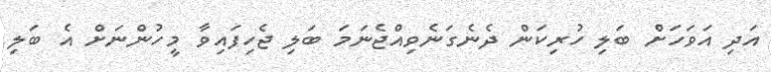
އަދި އަވަހަށް ބަލި ހުރިކަން ދެނެގަނެވިއްޖެނަމަ ބަލި ޖެހިފައިވާ މީހުންނަށް އެ ބަލި